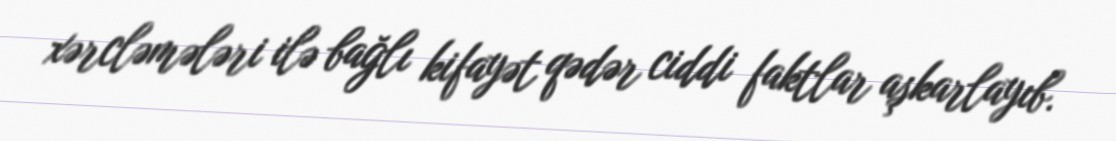
xərcləmələri ilə bağlı kifayət qədər ciddi faktlar aşkarlayıb.